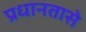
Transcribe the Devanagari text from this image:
प्रधानतासे